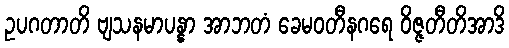
ဥပဂတာတိ ဗျသနမာပန္နာ အာဘတံ ခေမဝတီနဂရေ ဝိဇ္ဇတီတိအာဒိ